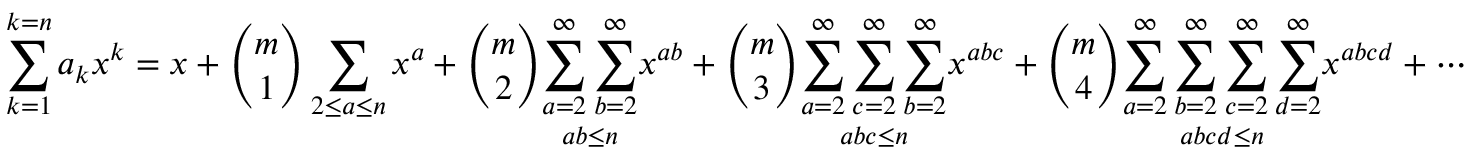
\sum _ { k = 1 } ^ { k = n } a _ { k } x ^ { k } = x + { \binom { m } { 1 } } \sum _ { 2 \leq a \leq n } x ^ { a } + { \binom { m } { 2 } } { \underset { a b \leq n } { \sum _ { a = 2 } ^ { \infty } \sum _ { b = 2 } ^ { \infty } } } x ^ { a b } + { \binom { m } { 3 } } { \underset { a b c \leq n } { \sum _ { a = 2 } ^ { \infty } \sum _ { c = 2 } ^ { \infty } \sum _ { b = 2 } ^ { \infty } } } x ^ { a b c } + { \binom { m } { 4 } } { \underset { a b c d \leq n } { \sum _ { a = 2 } ^ { \infty } \sum _ { b = 2 } ^ { \infty } \sum _ { c = 2 } ^ { \infty } \sum _ { d = 2 } ^ { \infty } } } x ^ { a b c d } + \cdots